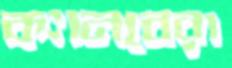
ক্যানবেরা